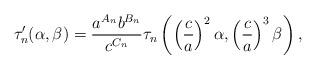
LaTeX: \begin{align*}\tau_n^\prime(\alpha,\beta)=\frac{a^{A_n}b^{B_n}}{c^{C_n}}\tau_n\left(\left(\frac{c}{a}\right)^2\alpha,\left(\frac{c}{a}\right)^3\beta\right),\end{align*}